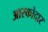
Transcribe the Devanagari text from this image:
आस्कोदार